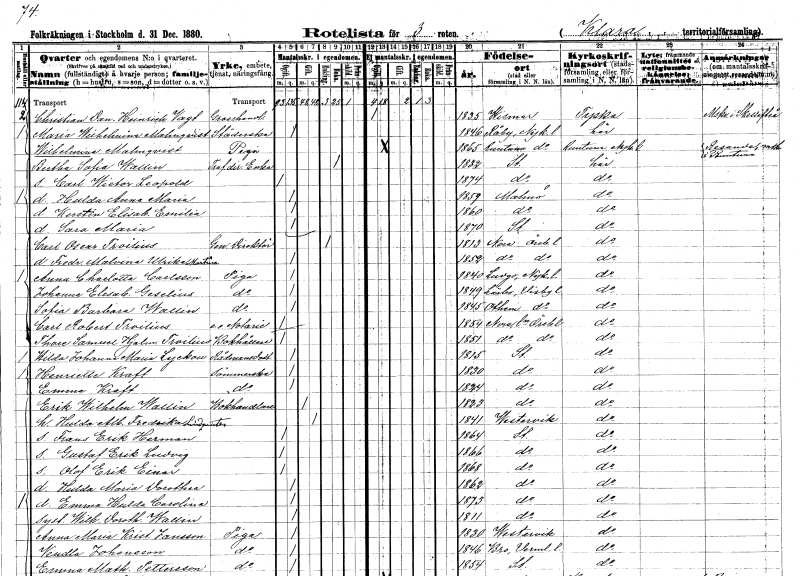
gt_parse: households: individuals: FN: Christian Daniel Heinrich
EN: Vagt
YRKE: Grosshandlare
KON: M
CIV: O
FODAR: 1835
FN: Maria Wilhelmina
EN: Malmqvist
YRKE: Städerska
KON: K
CIV: O
FODAR: 1846
FODFORS: Råby Södermanlands län
FN: Wilhelmina
EN: Malmqvist
YRKE: Piga
KON: K
CIV: O
FODAR: 1865
FODFORS: Runtuna Södermanlands län
FN: Bertha Sofia
EN: Wallin
YRKE: Trafikdirektörsänka
KON: K
CIV: E
FODAR: 1832
FODFORS: Stockholm
FN: Carl Wictor Leopold
KON: M
CIV: O
FODAR: 1874
FODFORS: Stockholm
FN: Hulda Anna Maria
KON: K
CIV: O
FODAR: 1859
FODFORS: Malmö Malmöhus län
FN: Kerstin Elisabet Emilia
KON: K
CIV: O
FODAR: 1860
FODFORS: Malmö Malmöhus län
FN: Sara Maria
KON: K
CIV: O
FODAR: 1870
FODFORS: Stockholm
FN: Carl Oscar
EN: Troilius
YRKE: Generaldirektör
KON: M
CIV: E
FODAR: 1813
FODFORS: Nora Örebro län
FN: Fredrika Malvina Ulrika Martina
KON: K
CIV: O
FODAR: 1852
FODFORS: Nora Örebro län
FN: Anna Charlotta
EN: Carlsson
YRKE: Piga
KON: K
CIV: O
FODAR: 1840
FODFORS: Ludgo Södermanlands län
FN: Johanna Elisabet
EN: Geselius
YRKE: Piga
KON: K
CIV: O
FODAR: 1849
FODFORS: Lärbro Gotlands län
FN: Sofia Barbara
EN: Wallin
YRKE: Piga
KON: K
CIV: O
FODAR: 1845
FODFORS: Othem Gotlands län
FN: Carl Robert
EN: Troilius
YRKE: Notarie e.o.
KON: M
CIV: O
FODAR: 1854
FODFORS: Nora Örebro län
FN: Thore Samuel Hjalmar
EN: Troilius
YRKE: Bokhållare
KON: M
CIV: O
FODAR: 1851
FODFORS: Nora Örebro län
FN: Hilda Johanna Maria
EN: Lyckow
YRKE: Rådmansdotter
KON: K
CIV: O
FODAR: 1815
FODFORS: Stockholm
FN: Henrietta
EN: Kraft
YRKE: Sömmerska
KON: K
CIV: O
FODAR: 1830
FODFORS: Stockholm
FN: Emma
EN: Kraft
YRKE: Sömmerska
KON: K
CIV: O
FODAR: 1824
FODFORS: Stockholm
FN: Erik Wilhelm
EN: Wallin
YRKE: Bokhandlare
KON: M
CIV: G
FODAR: 1823
FODFORS: Stockholm
FN: Hulda Albertina Fredrika
EN: Lindqvist
KON: K
CIV: G
FODAR: 1841
FODFORS: Västervik Kalmar län
FN: Frans Erik Herman
KON: M
CIV: O
FODAR: 1864
FODFORS: Stockholm
FN: Gustaf Erik Ludvig
KON: M
CIV: O
FODAR: 1866
FODFORS: Stockholm
FN: Olof Erik Einar
KON: M
CIV: O
FODAR: 1868
FODFORS: Stockholm
FN: Hulda Maria Dorothea
KON: K
CIV: O
FODAR: 1862
FODFORS: Stockholm
FN: Emma Hulda Carolina
KON: K
CIV: O
FODAR: 1873
FODFORS: Stockholm
FN: Wilhelmina Dorothea
EN: Wallin
KON: K
CIV: O
FODAR: 1811
FODFORS: Stockholm
FN: Anna Maria Kristina
EN: Jansson
YRKE: Piga
KON: K
CIV: O
FODAR: 1830
FODFORS: Västervik Kalmar län
FN: Vendla
EN: Johansson
YRKE: Piga
KON: K
CIV: O
FODAR: 1846
FODFORS: Bro Värmlands län
FN: Emma Mathilda
EN: Pettersson
YRKE: Piga
KON: K
CIV: O
FODAR: 1854
FODFORS: Stockholm